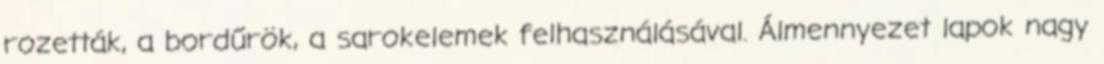
rozetták, a bordűrök, a sarokelemek felhasználásával. Álmennyezet lapok nagy